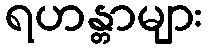
ရဟန္တာများ